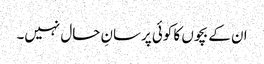
ان کے بچوں کا کوئی پرسانِ حال نہیں۔